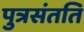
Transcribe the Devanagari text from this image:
पुत्रसंतति